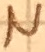
Text: N